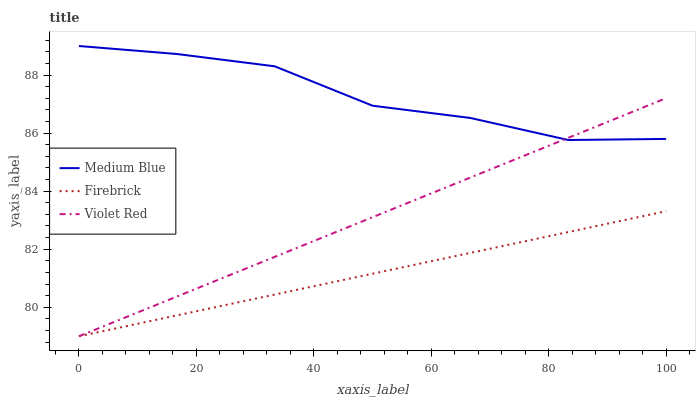
| xaxis_label | Medium Blue | Firebrick | Violet Red |
 | --- | --- | --- | --- |
 | 0 | 89 | 79 | 79 |
 | 16.7 | 88.7 | 79.7 | 80.4 |
 | 33.3 | 88.3 | 80.4 | 81.7 |
 | 50 | 86.9 | 81.2 | 83.1 |
 | 66.7 | 86.5 | 81.9 | 84.5 |
 | 83.3 | 85.8 | 82.6 | 85.8 |
 | 100 | 85.8 | 83.3 | 87.2 |